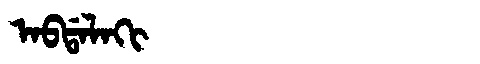
Manchu: ᠠᠪᡩᠠᠯᠠᡴᡳ
Romanization: ABDALAKI